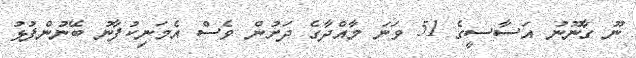
ނޫ ގާނޫނު އަސާސީގެ 51 ވަނަ މާއްދާގެ ދަށުން ވެސް އެމަނިކުފާނު ބޭނުންފުޅު